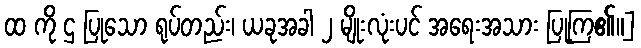
ထ ကို ဌ ပြုသော ရုပ်တည်း၊ ယခုအခါ ၂ မျိုးလုံးပင် အရေးအသား ပြုကြ၏။]